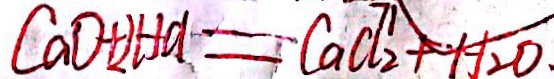
C a O + 2 H C l = C a C l _ { 2 } + H _ { 2 } O